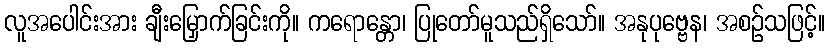
လူအပေါင်းအား ချီးမြှောက်ခြင်းကို။ ကရောန္တော၊ ပြုတော်မူသည်ရှိသော်။ အနုပုဗ္ဗေန၊ အစဉ်သဖြင့်။